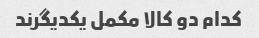
کدام دو کالا مکمل یکدیگرند